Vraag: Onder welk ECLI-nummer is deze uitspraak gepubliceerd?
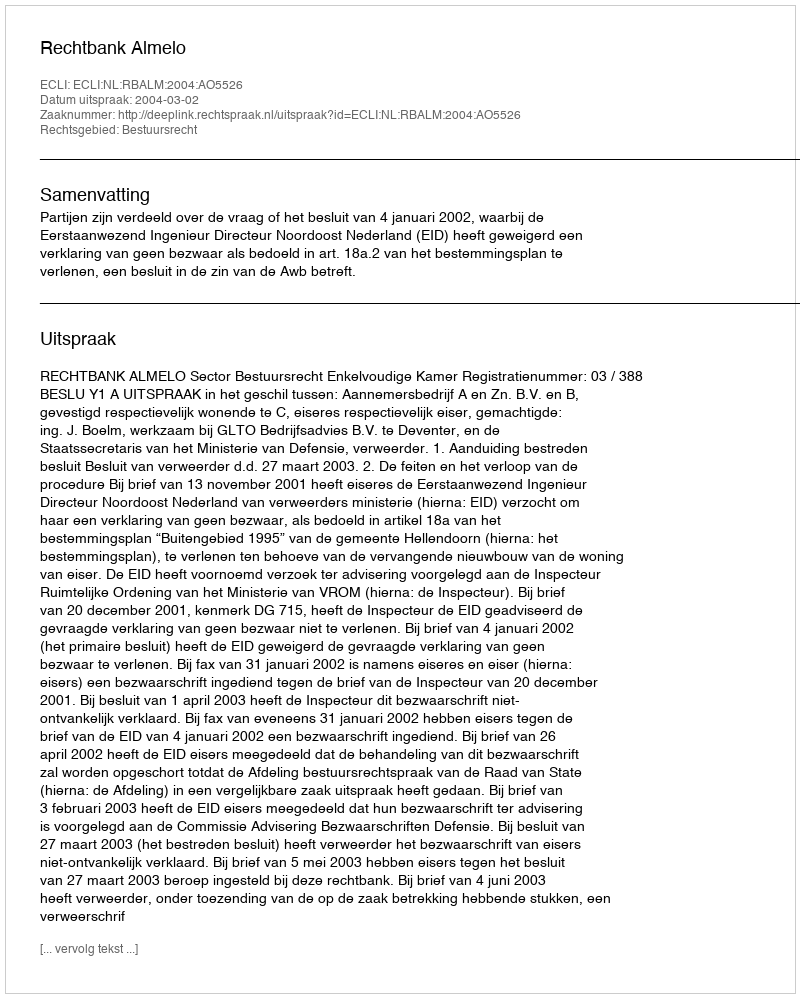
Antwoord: ECLI:NL:RBALM:2004:AO5526